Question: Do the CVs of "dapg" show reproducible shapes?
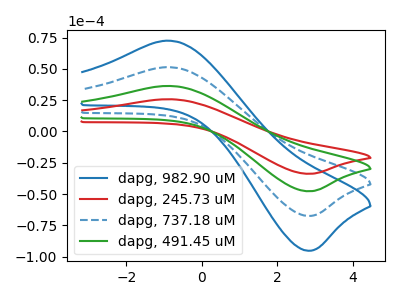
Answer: <think>The blue curve "dapg, 982.90 uM" has an anodic peak at (-0.90V, 109.20uA) and a cathodic peak at (2.80V, -143.50uA). The red curve "dapg, 245.73 uM" has an anodic peak at (-0.90V, 25.80uA) and a cathodic peak at (2.80V, -33.85uA). The blue dashed curve "dapg, 737.18 uM" has an anodic peak at (-0.90V, 72.80uA) and a cathodic peak at (2.80V, -95.65uA). The green curve "dapg, 491.45 uM" has an anodic peak at (-0.90V, 36.40uA) and a cathodic peak at (2.80V, -47.85uA).
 All the peaks in "dapg, 982.90 uM" have a peak in "dapg, 245.73 uM" at the same potential. Every peak in "dapg, 982.90 uM" is higher than every peak in "dapg, 245.73 uM". All the peaks in "dapg, 982.90 uM" have a peak in "dapg, 737.18 uM" at the same potential. Every peak in "dapg, 982.90 uM" is higher than every peak in "dapg, 737.18 uM". All the peaks in "dapg, 982.90 uM" have a peak in "dapg, 491.45 uM" at the same potential. Every peak in "dapg, 982.90 uM" is higher than every peak in "dapg, 491.45 uM". All the peaks in "dapg, 245.73 uM" have a peak in "dapg, 737.18 uM" at the same potential. Every peak in "dapg, 245.73 uM" is lower than every peak in "dapg, 737.18 uM". All the peaks in "dapg, 245.73 uM" have a peak in "dapg, 491.45 uM" at the same potential. Every peak in "dapg, 245.73 uM" is lower than every peak in "dapg, 491.45 uM". All the peaks in "dapg, 737.18 uM" have a peak in "dapg, 491.45 uM" at the same potential. Every peak in "dapg, 737.18 uM" is higher than every peak in "dapg, 491.45 uM".</think>
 <answer>All the CV's of "dapg" have similar shape.</answer>
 <eval>follow_rule</eval>